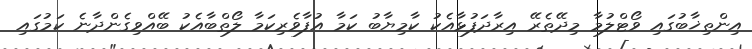
އިންތިޚާބުގައި ވޯޓްލުމާ މިދޭތެރޭ އިރާދަފުޅާއެކު ކާމިޔާބު ކަމާ އުފާވެރިކަމާ ލޯތްބާއެކު ބޭއްވިގެންދާނެ ކަމުގައި